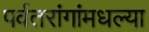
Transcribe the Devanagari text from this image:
पर्वतरांगांमधल्या